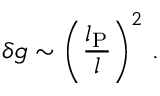
\delta g \sim \left( \frac { l _ { \mathrm { P } } } { l } \right) ^ { 2 } \, .